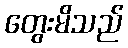
တွေးမိသည်